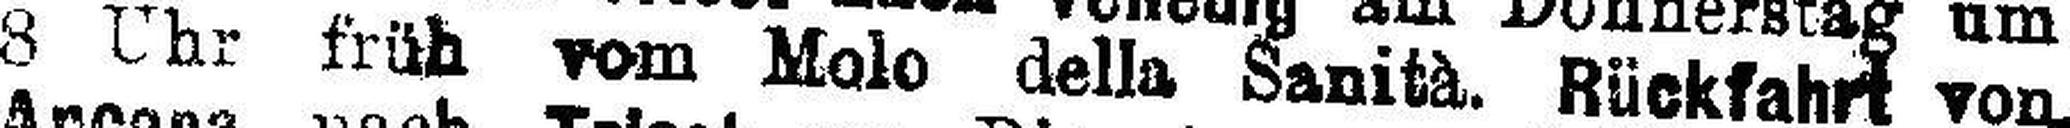
8 Uhr früh vom Molo della Sanità. Rückfahrt von